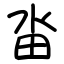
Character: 畓